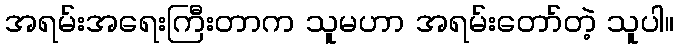
အရမ်းအရေးကြီးတာက သူမဟာ အရမ်းတော်တဲ့ သူပါ။